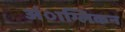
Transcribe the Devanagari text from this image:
अंाग्लिकन